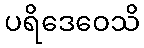
ပရိဒေဝေသိ